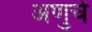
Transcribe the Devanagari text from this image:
अणुचे